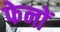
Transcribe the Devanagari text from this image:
फेनों